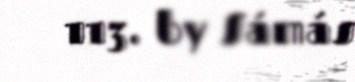
113. by Sámás